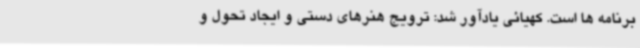
برنامه ها است. کهیائی یادآور شد: ترویج هنرهای دستی و ایجاد تحول و